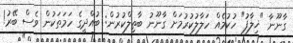
ގާނޫނާ "ޚިލާފު" ހުކުމެއް ހަލާލުކުރުމަށް ގާނޫނު ބާތިލްކުރުން: ބުއްދީގެ ހަމަތަކުން ވެސް ބޭރު!